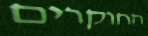
החוקרים